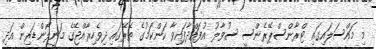
މި މައްސަލައިގައި ޓްރާންސްޕޭރެންސީ ސުވާލު އުފައްދާފައިވާ ކަންކަމުގެ ތެރޭގައި ދިވެހިރާއްޖޭގެ މަނީލޯންޑަރިން އަދި